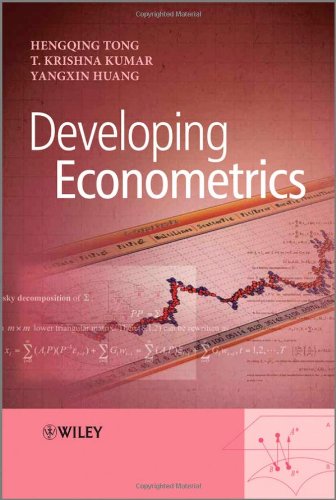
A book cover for Developing Econometrics; Hengqing Tong; Business & Money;